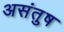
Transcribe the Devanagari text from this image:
असंतुष